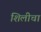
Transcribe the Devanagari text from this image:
शिलीचा